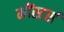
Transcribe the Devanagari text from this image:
मौंस्टर्स